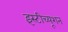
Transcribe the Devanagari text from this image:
इंस्टीच्यूशन